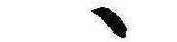
ゝ